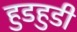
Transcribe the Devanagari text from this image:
हुडहुडी